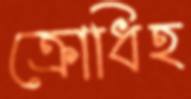
ক্রোধিহ